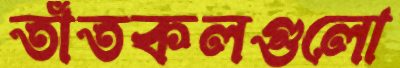
তাঁতকলগুলো